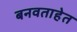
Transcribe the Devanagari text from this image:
बनवताहेत